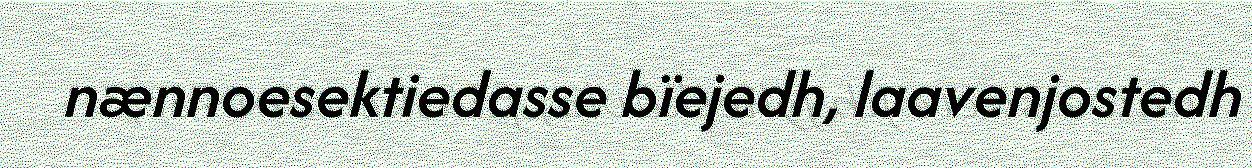
nænnoesektiedasse bïejedh, laavenjostedh